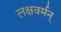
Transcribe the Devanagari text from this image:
लक्षवर्मन्‌